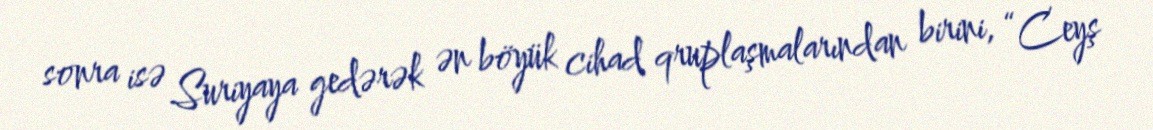
sonra isə Suriyaya gedərək ən böyük cihad qruplaşmalarından birini, “Ceyş